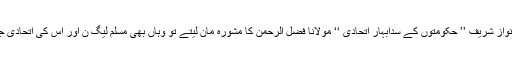
خیبر پختونخوا میں اگر وزیرِ اعظم نواز شریف ’’ حکومتوں کے سدابہار اتحادی ‘‘ مولانا فضل اُلرحمن کا مشورہ مان لیتے تو وہاں بھی مسلم لیگ ن اور اُس کی اتحادی جماعتوں کی حکومت بن سکتی تھی۔